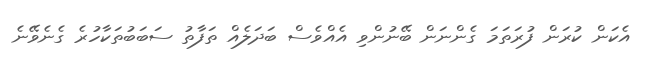
އެކަން ކުރަން ފުރަތަމަ ގެންނަން ބޭނުންވި އެއްވެސް ބަދަލެއް ތަފާތު ސަބަބުތަކާހުރެ ގެނެވޭނެ